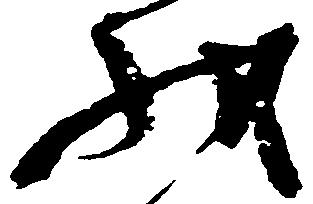
状